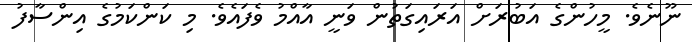
ނޫނެވެ. މީހުންގެ އަބުރަށް އަރައިގަތުން ވަނީ އާއްމު ވެފައެވެ. މި ކަންކަމުގެ އިންސާފު